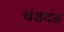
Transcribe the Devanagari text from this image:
चंडदंड